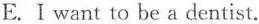
E.Ⅰwant to be a dentist.